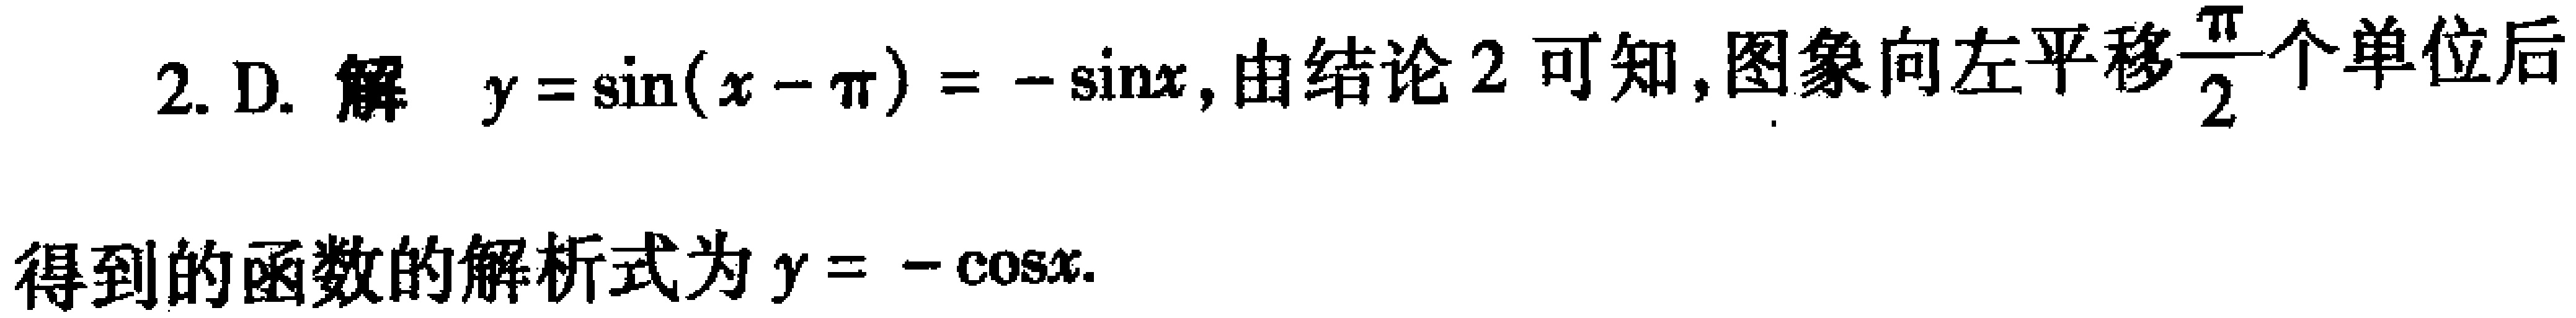
2. D. 解 \(y = \sin(x - \pi)=-\sin x\)，由结论2可知，图象向左平移\(\frac{\pi}{2}\)个单位后得到的函数的解析式为\(y = -\cos x\).